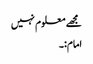
مجھے معلوم نہیں
امام:۔